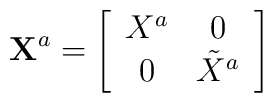
{\bf X}^a = \left[\begin{array}{cc}{X}^a & 0\\0 & \tilde{X}^a\end{array}\right]